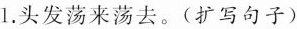
1.头发荡来荡去。(扩写句子)